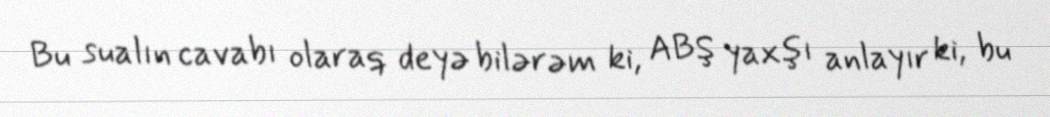
Bu sualın cavabı olaraq deyə bilərəm ki, ABŞ yaxşı anlayır ki, bu